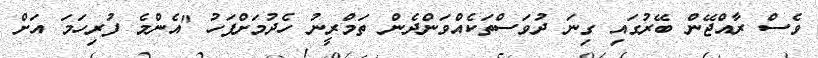
ވެސް ރާއްޖޭން ބޭރުގައި ގިނަ ދުވަސްތަކެއްވަންދެން ތަމްރީނު ހެދުމަށްފަހު "އެންމެ ފުރިހަމަ އަށް